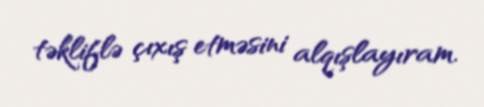
təkliflə çıxış etməsini alqışlayıram.